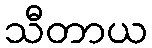
သီတာယ